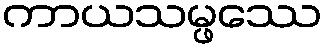
ကာယသမ္ဖဿေ